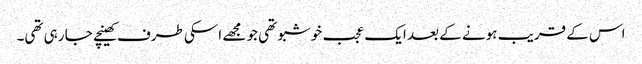
اس کے قریب ہونے کے بعد ایک عجب خوشبو تھی جو مجھے اسکی طرف کھینچے جا رہی تھی۔